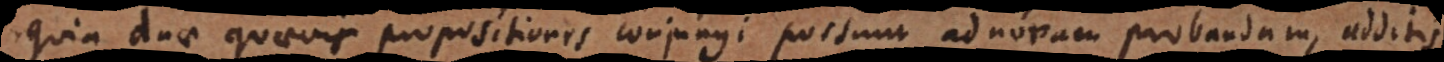
quia duae quaevis propositiones conjungi possunt ad novam probandam, additis